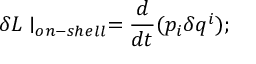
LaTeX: \delta L \mid _ { o n - s h e l l } = \frac { d } { d t } ( p _ { i } \delta q ^ { i } ) ;